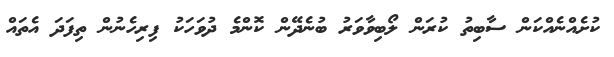
ކުށެއްނެއްކަން ސާބިތު ކުރަން ލޯބިވާވަރު ބުނެދޭން ކޮންމެ ދުވަހަކު ފިރިހެނުން ތިފަދަ އެތައް